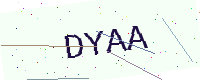
Text: DYAA